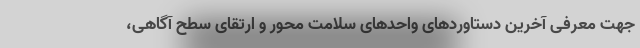
جهت معرفی آخرین دستاوردهای واحدهای سلامت محور و ارتقای سطح آگاهی،